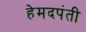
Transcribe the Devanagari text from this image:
हेमदपंती